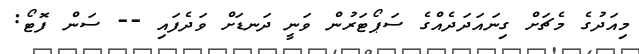
މިއަދުގެ މެޗަށް ގިނައަދަދެއްގެ ސަޕޯޓަރުން ވަނީ ދަނޑަށް ވަދެފައި -- ސަން ފޮޓޯ: